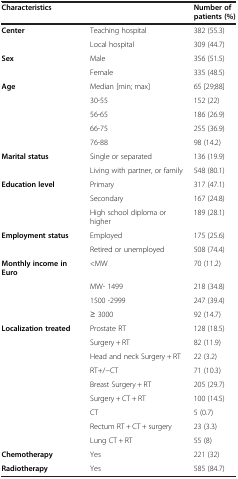
<table><thead><tr><td><b>Characteristics</b></td><td><b> </b></td><td><b>Number of patients (%)</b></td></tr></thead><tbody><tr><td><b>Center</b></td><td>Teaching hospital</td><td>382 (55.3)</td></tr><tr><td> </td><td>Local hospital</td><td>309 (44.7)</td></tr><tr><td><b>Sex</b></td><td>Male</td><td>356 (51.5)</td></tr><tr><td> </td><td>Female</td><td>335 (48.5)</td></tr><tr><td><b>Age</b></td><td>Median [min; max]</td><td>65 [29;88]</td></tr><tr><td> </td><td>30-55</td><td>152 (22)</td></tr><tr><td> </td><td>56-65</td><td>186 (26.9)</td></tr><tr><td> </td><td>66-75</td><td>255 (36.9)</td></tr><tr><td> </td><td>76-88</td><td>98 (14.2)</td></tr><tr><td><b>Marital status</b></td><td>Single or separated</td><td>136 (19.9)</td></tr><tr><td> </td><td>Living with partner, or family</td><td>548 (80.1)</td></tr><tr><td><b>Education level</b></td><td>Primary</td><td>317 (47.1)</td></tr><tr><td> </td><td>Secondary</td><td>167 (24.8)</td></tr><tr><td> </td><td>High school diploma or higher</td><td>189 (28.1)</td></tr><tr><td><b>Employment status</b></td><td>Employed</td><td>175 (25.6)</td></tr><tr><td> </td><td>Retired or unemployed</td><td>508 (74.4)</td></tr><tr><td><b>Monthly income in Euro</b></td><td>&lt;MW</td><td>70 (11.2)</td></tr><tr><td> </td><td>MW- 1499</td><td>218 (34.8)</td></tr><tr><td> </td><td>1500 -2999</td><td>247 (39.4)</td></tr><tr><td> </td><td>≥ 3000</td><td>92 (14.7)</td></tr><tr><td><b>Localization treated</b></td><td>Prostate RT</td><td>128 (18.5)</td></tr><tr><td> </td><td>Surgery + RT</td><td>82 (11.9)</td></tr><tr><td> </td><td>Head and neck Surgery + RT</td><td>22 (3.2)</td></tr><tr><td> </td><td>RT+/-CT</td><td>71 (10.3)</td></tr><tr><td> </td><td>Breast Surgery + RT</td><td>205 (29.7)</td></tr><tr><td> </td><td>Surgery + CT + RT</td><td>100 (14.5)</td></tr><tr><td> </td><td>CT</td><td>5 (0.7)</td></tr><tr><td> </td><td>Rectum RT + CT + surgery</td><td>23 (3.3)</td></tr><tr><td> </td><td>Lung CT + RT</td><td>55 (8)</td></tr><tr><td><b>Chemotherapy</b></td><td>Yes</td><td>221 (32)</td></tr><tr><td><b>Radiotherapy</b></td><td>Yes</td><td>585 (84.7)</td></tr></tbody></table>